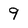
Character: 9